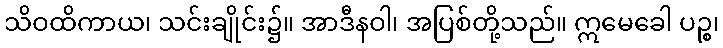
သိဝထိကာယ၊ သင်းချိုင်း၌။ အာဒီနဝါ၊ အပြစ်တို့သည်။ ဣမေခေါ ပဉ္စ၊